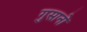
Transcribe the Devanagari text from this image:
गुसानो